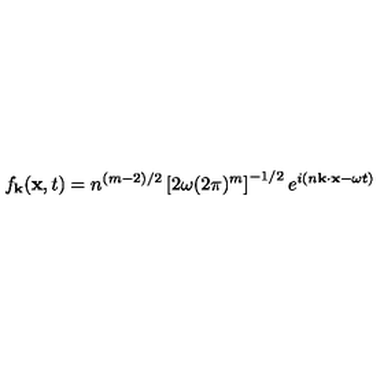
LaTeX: f _ { \bf k } ( { \bf x } , t ) = n ^ { ( m - 2 ) / 2 } \left[ 2 \omega ( 2 \pi ) ^ { m } \right] ^ { - 1 / 2 } e ^ { i ( n { \bf k } \cdot { \bf x } - \omega t ) }